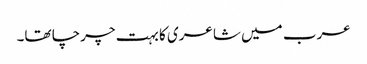
عرب میں شاعری کا بہت چرچا تھا۔